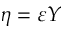
\eta = \varepsilon Y